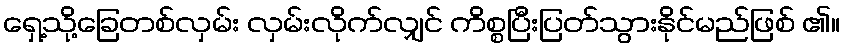
ရှေ့သို့ခြေတစ်လှမ်း လှမ်းလိုက်လျှင် ကိစ္စပြီးပြတ်သွားနိုင်မည်ဖြစ် ၏။